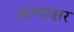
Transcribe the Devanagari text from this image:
अल्पाक्षर